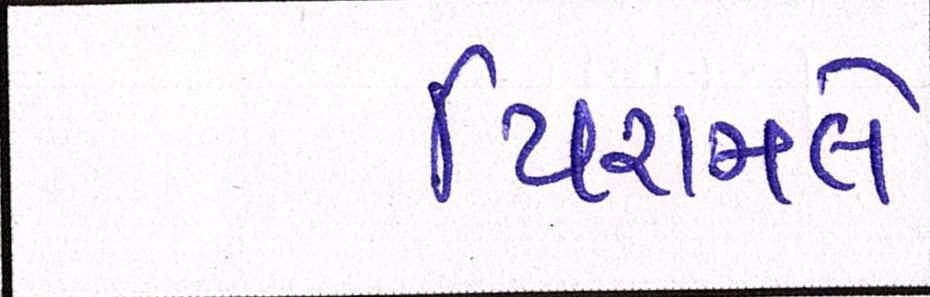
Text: પિરામલે